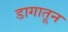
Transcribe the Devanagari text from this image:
डागातून